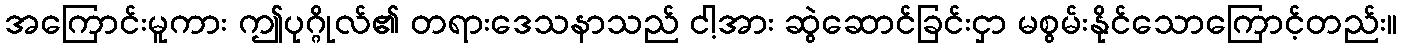
အကြောင်းမူကား ဤပုဂ္ဂိုလ်၏ တရားဒေသနာသည် ငါ့အား ဆွဲဆောင်ခြင်းငှာ မစွမ်းနိုင်သောကြောင့်တည်း။